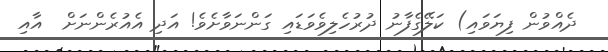
ދެއްވުން ފިޔަވައި) ކަލޭގެފާނު ދުރުހެލިވެވަޑައި ގަންނަވާށެވެ! އަދި އެއުރެންނަށް  އާއި